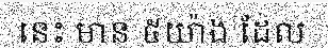
នេះ មាន ៥យ៉ាង ដែល